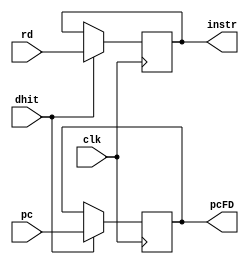
module instreg(input clk, dhit, input [31:0] pc, input [31:0] rd, output reg [31:0] instr, output reg [31:0] pcFD);

always @ (posedge clk) begin
    if(dhit) begin
	instr <= rd;
        pcFD <= pc;
    end
end

endmodule